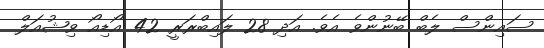
ސައިންސް ލެބް ބޭނުންވެ އެވެ. އަދި 28 ލައިބްރަރީ 42 އޯޑިއޯ ވިޝުއަލް